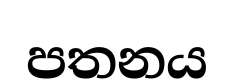
පතනය